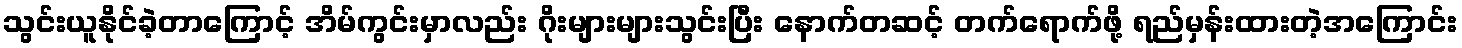
သွင်းယူနိုင်ခဲ့တာကြောင့် အိမ်ကွင်းမှာလည်း ဂိုးများများသွင်းပြီး နောက်တဆင့် တက်ရောက်ဖို့ ရည်မှန်းထားတဲ့အကြောင်း